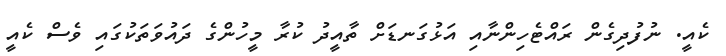
ކެއީ. ނުފުދިގެން ރައްޓެހިންނާއި އަޅުގަނޑަށް ތާއީދު ކުރާ މީހުންގެ ދައުވަތަކުގައި ވެސް ކެއީ